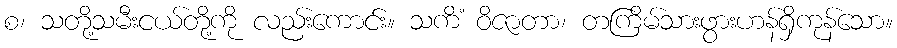
စ၊ သတို့သမီးငယ်တို့ကို လည်းကောင်း။ သကိံ ဝိဇာတာ၊ တကြိမ်သားဖွားဟန်ရှိကုန်သော။